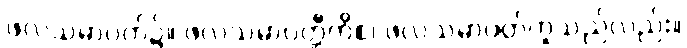
ဖလသမာပတ်၌။ ဖလသမာပတ္တီတိစ၊ ဖလသမာပတ်ဟူသည်လည်း။